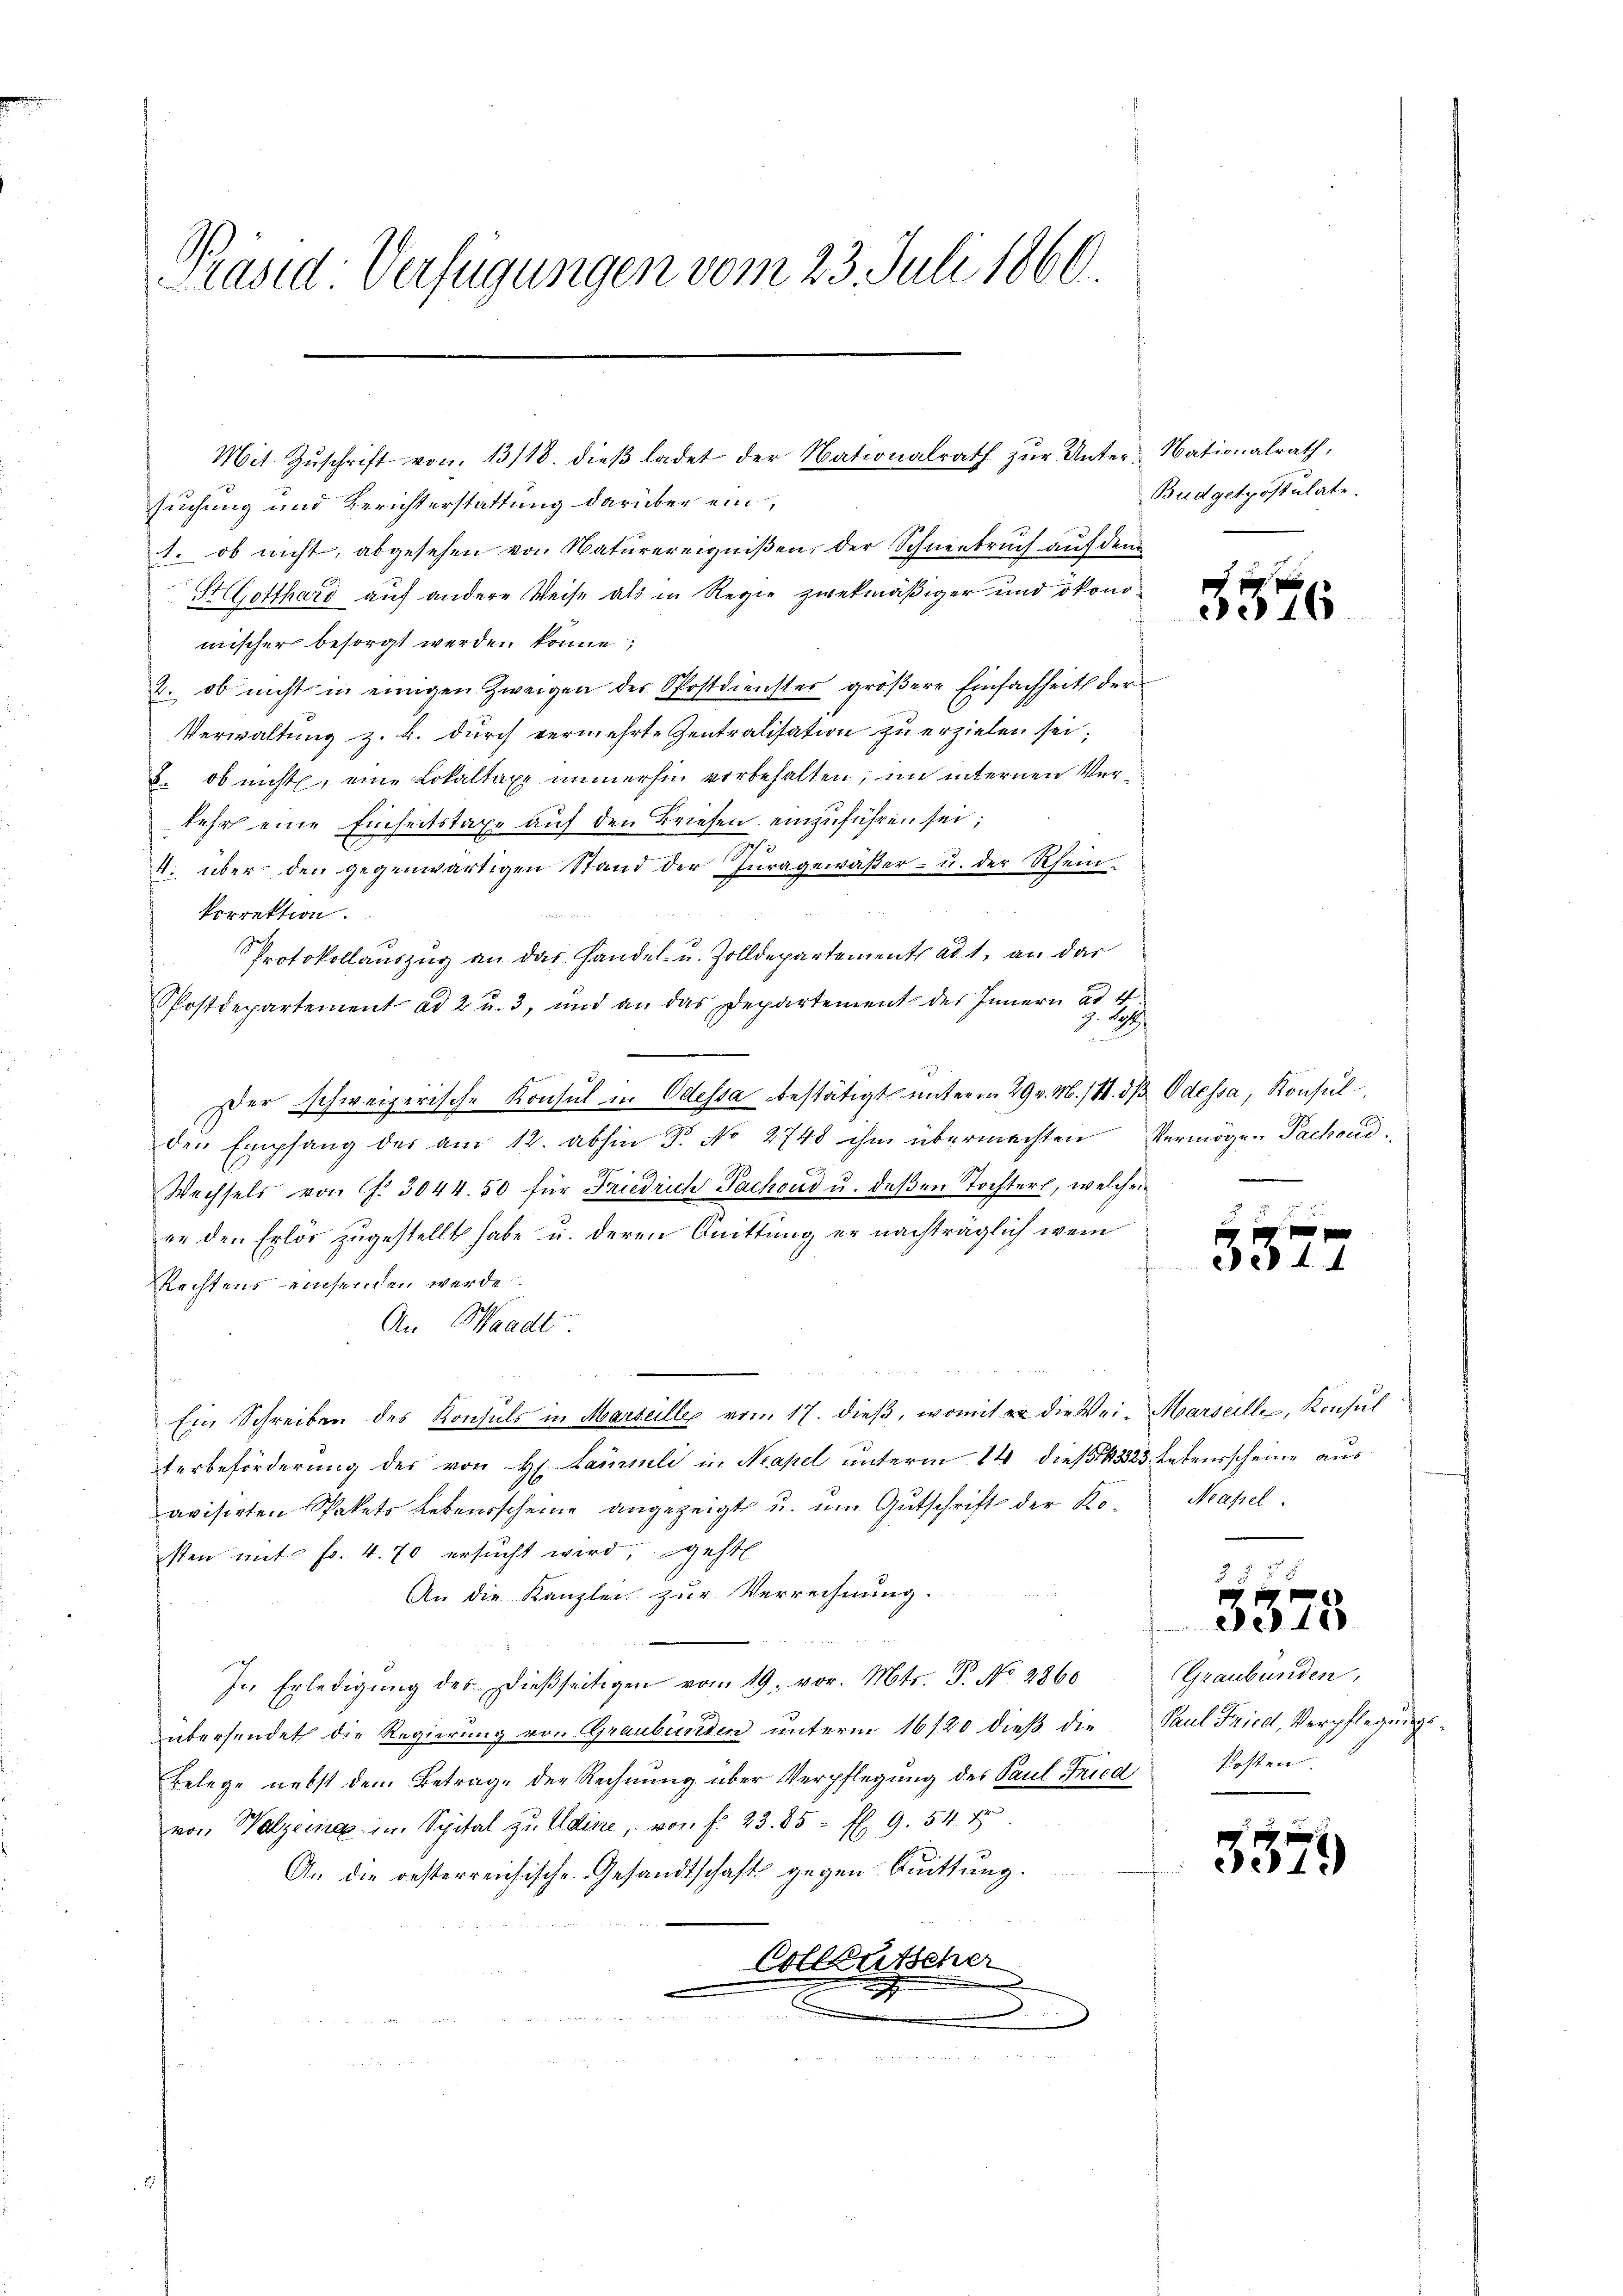
Präsid-Verfügungen vom 23. Juli 1860.
J. des

suchung und Berichterstattung darüber ein
1. ob nicht, abgesehen von Naturereignißen, der Schneebruch auf dem
HGotthard auf andere Weise als in Regie zwekmäßiger und ökonomischer besorgt werden könne;
2. ob nicht in einigen Zweigen der Postdienster größere Einfachheit der
Verwaltung z. B. durch vermehrte Zentralisation zu erzielen sei;
2. ob nicht, eine Lokaltaxe immerhin vorbehalten; im internen Verkehr eine Einheitstaxe auf den Briefen einzuführen sei;
2
4. über den gegenwärtigen Stand der Inragewäβer- u. der Rhein-
d
korrektion.
Protokollauszug an das Handel- u. Zolldepartement ad 1. an das
Postdepartement ad 2 u. 3, und an das Departement des Innern ad 4.
B
Der schweizerische Konsul in Odessa bestätigt unterm 29. v. M. / M. dβ Odessa, Konsul
den Empfang des am 12. abhin P. No 2748 ihm übermachten Vermögen Pachoud¬
Wechsels von f. 3044. 50 für Friedrich Pachoud u. deßen Tochterl, welchen
er den Erlös zugestellt habe u. deren Quittung er nachträglich wenn
Rechtens einsenden werde.
An Waadt
,
Ein Schreiben des Konsuls in Marseille vom 17. dieß, womit er die Wei-Marseille, Konsul
terbeförderung des von H. Lammli in Neapel unterm 14 dieß 1823 entensscheine aus
avisirten Pakets Lebensscheine angezeigt u. um Gutschrift der Ro- Neapel
sten mit fr. 4. 70 ersucht wird, geht
An die Kanzlei zur Verrechnung
In Erledigung des Dießseitigen vom 19. vor. Mts. P. No. 2860
übersendet die Regierung von Graubünden unterm 16/20 dieß die
Belege nebst dem Betrage der Rechnŭng über Verpflegŭng des Paul Fried kosten.
von Walzeine in Spital zu Adine, von f. 23. 85 fl. 9. 54 x
An die oesterreichische Gesandtschaft gegen Quittung.
Colleutscher
d
vermonistermann

Mit Zŭschrift von 13/18. dieβ ladet der Nationalrath zŭr Unter-Nationalrath,

Budgetpostulate.

3326

3575

Graubünden,
Paul Fried, Verpflegungs¬

3379